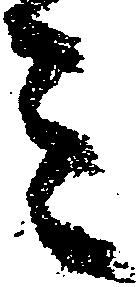
ミ